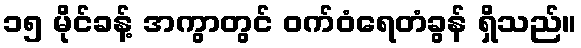
၁၅ မိုင်ခန့် အကွာတွင် ဝက်ဝံရေတံခွန် ရှိသည်။